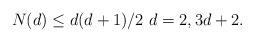
LaTeX: \begin{align*} N(d)\leq d(d+1)/2\ d=2,3d+2.\end{align*}